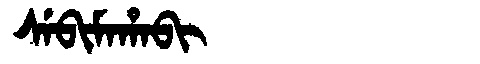
Manchu: ᠰᡝᠪᡳᠮᠠᡥᠠᠪᡳ
Romanization: SEBIMAHABI